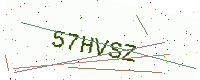
Text: 57HVSZ